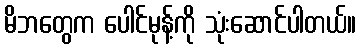
မိဘတွေက ပေါင်မုန့်ကို သုံးဆောင်ပါတယ်။